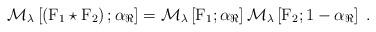
LaTeX: \begin{align*}\mathcal{M}_{{\lambda}}\left[\left(\mathrm{F}_1\star\mathrm{F}_2\right);\alpha_{\mathrm{\Re}}\right]= \mathcal{M}_{{\lambda}}\left[\mathrm{F}_1;\alpha_{\mathrm{\Re}}\right]\mathcal{M}_{{\lambda}}\left[ \mathrm{F}_2;1-\alpha_{\mathrm{\Re}}\right]\;.\end{align*}